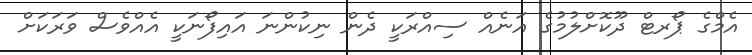
އެމްގެ ޕޯރޓް ދޫކޮށްލުމުގެ އަނެއް ސިއްރަކީ ދެން ނިކުންނަ އައިފޯނަކީ އެއްވެސް ވަރަކަށް